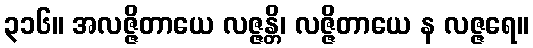
၃၁၆။ အလဇ္ဇိတာယေ လဇ္ဇန္တိ၊ လဇ္ဇိတာယေ န လဇ္ဇရေ။